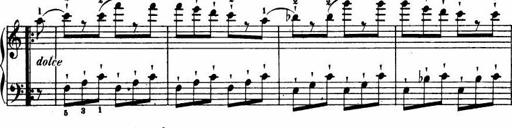
Title: Le bouquetier
Composer: Anton Diabelli
Key: G major
 C major
 F major
 C major